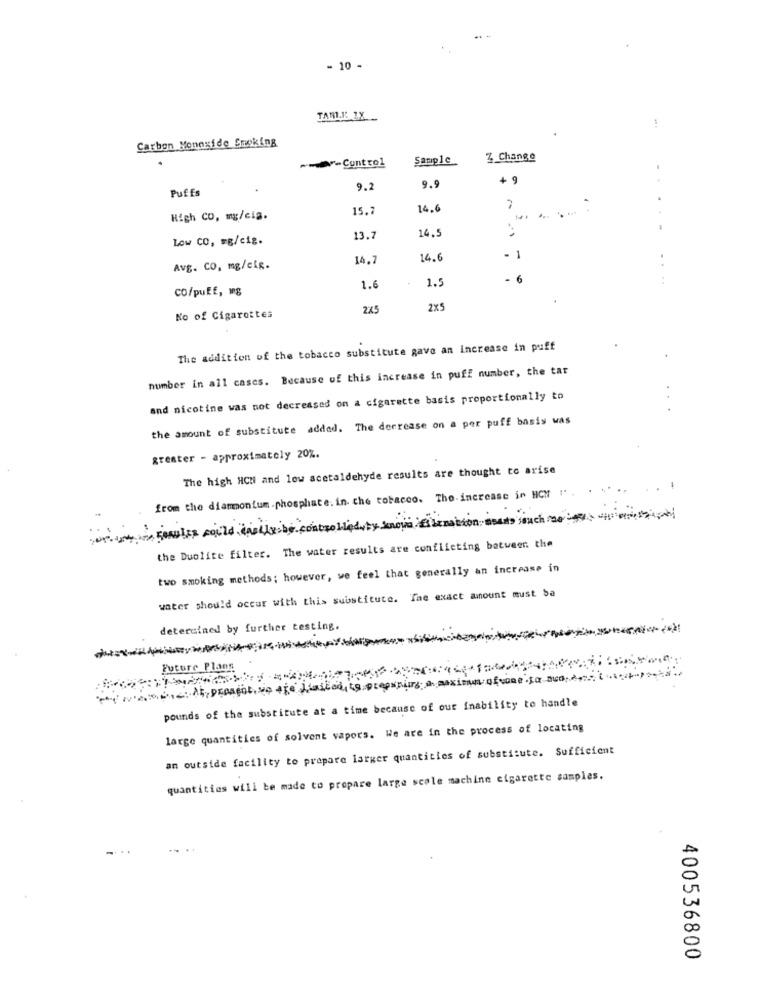
- 10 -
TAMI.K 1X
Carbon Monoxide Smoking
--- Control
Sample
Z Change
+ 9
Puffs
9.2
9.9
15.
14.6
2
High CO, mg/cia.
14.
...
Low CO, = g/cig.
13.7
14,7
14.
1
Avg. CO, mg/eig.
1.5
CO/puff, wg
1.6
245
2x5
No of Cigarettes
The addition of the tobacco substitute gave an increase in puff
number in all cases. Because of this increase in puff number, the tar
and nicotine was not decreased on a cigarette basis proportionally to
the amount of substitute added. The decrease on a per puff basis was
greater - approximately 20%.
The high HCN and low acetaldehyde results are thought to arise
from the diammonium.phosphate. in the tobacco. The. increase in HCM !"
onionseules could "nollesbe controlled by knows"Esbenation sans such
the Duolite filter. The water results are conflicting between the
two smoking methods; however, we feel that generally an increase in
water should occur with this substitute. The exact amount must ba
determined by further testing.
Future Plang
my w> << 5 prosent we are Limited, is prepaniers a maximum ofcometo sua
pounds of the substitute at a time because of our inability to handle
large quantities of solvent vapors. We are in the process of locating
an outside facility to prepare larger quantities of substitute. Sufficient
quantities will be made to propare large scale machine cigarette samples.
400536800